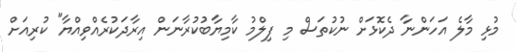
މުޅި މާލެ އަހަންނާ ދެކޮޅަށް ނުކުތަސް މި ފިލްމު ކާމިޔާބުކުރާނަން އިރާދަކުރެއްވިއްޔާ" ކުރިއަށް